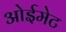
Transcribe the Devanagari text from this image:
ओईमेट